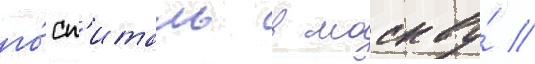
го́сп'италь в москву́ //